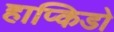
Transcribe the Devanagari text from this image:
हाप्किडो